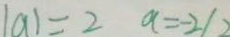
\vert a \vert = 2 a = - 2 / 2